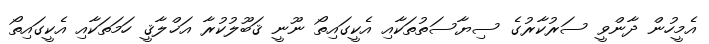
އެމީހުން ދާންވީ ސަރުކާރުގެ ސިޔާސަތުތަކާއި އެކީގައިތޯ ނޫނީ ޤަބޫލުކުރާ އަޚްލާޤީ ހަމަތަކާއި އެކީގައިތޯ